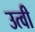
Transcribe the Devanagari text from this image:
उत्वी